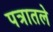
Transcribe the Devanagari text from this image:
पत्रातले